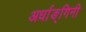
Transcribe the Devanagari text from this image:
अर्धाङ्गिनी